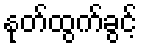
နုတ်ထွက်ခွင့်